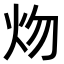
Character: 𤆞